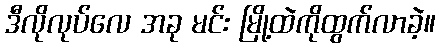
ဒီလိုလုပ်လေ အခု မင်း မြို့ထဲကိုထွက်လာခဲ့။